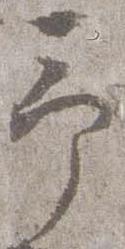
予